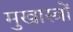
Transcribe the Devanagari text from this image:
मुखास्त्रों